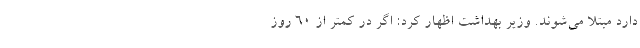
دارد مبتلا می‌شوند. وزیر بهداشت اظهار کرد: اگر در کمتر از 60 روز